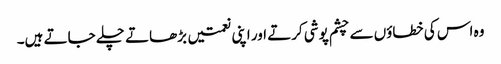
وہ اس کی خطاؤں سے چشم پوشی کرتے اور اپنی نعمتیں بڑھاتے چلے جاتے ہیں۔